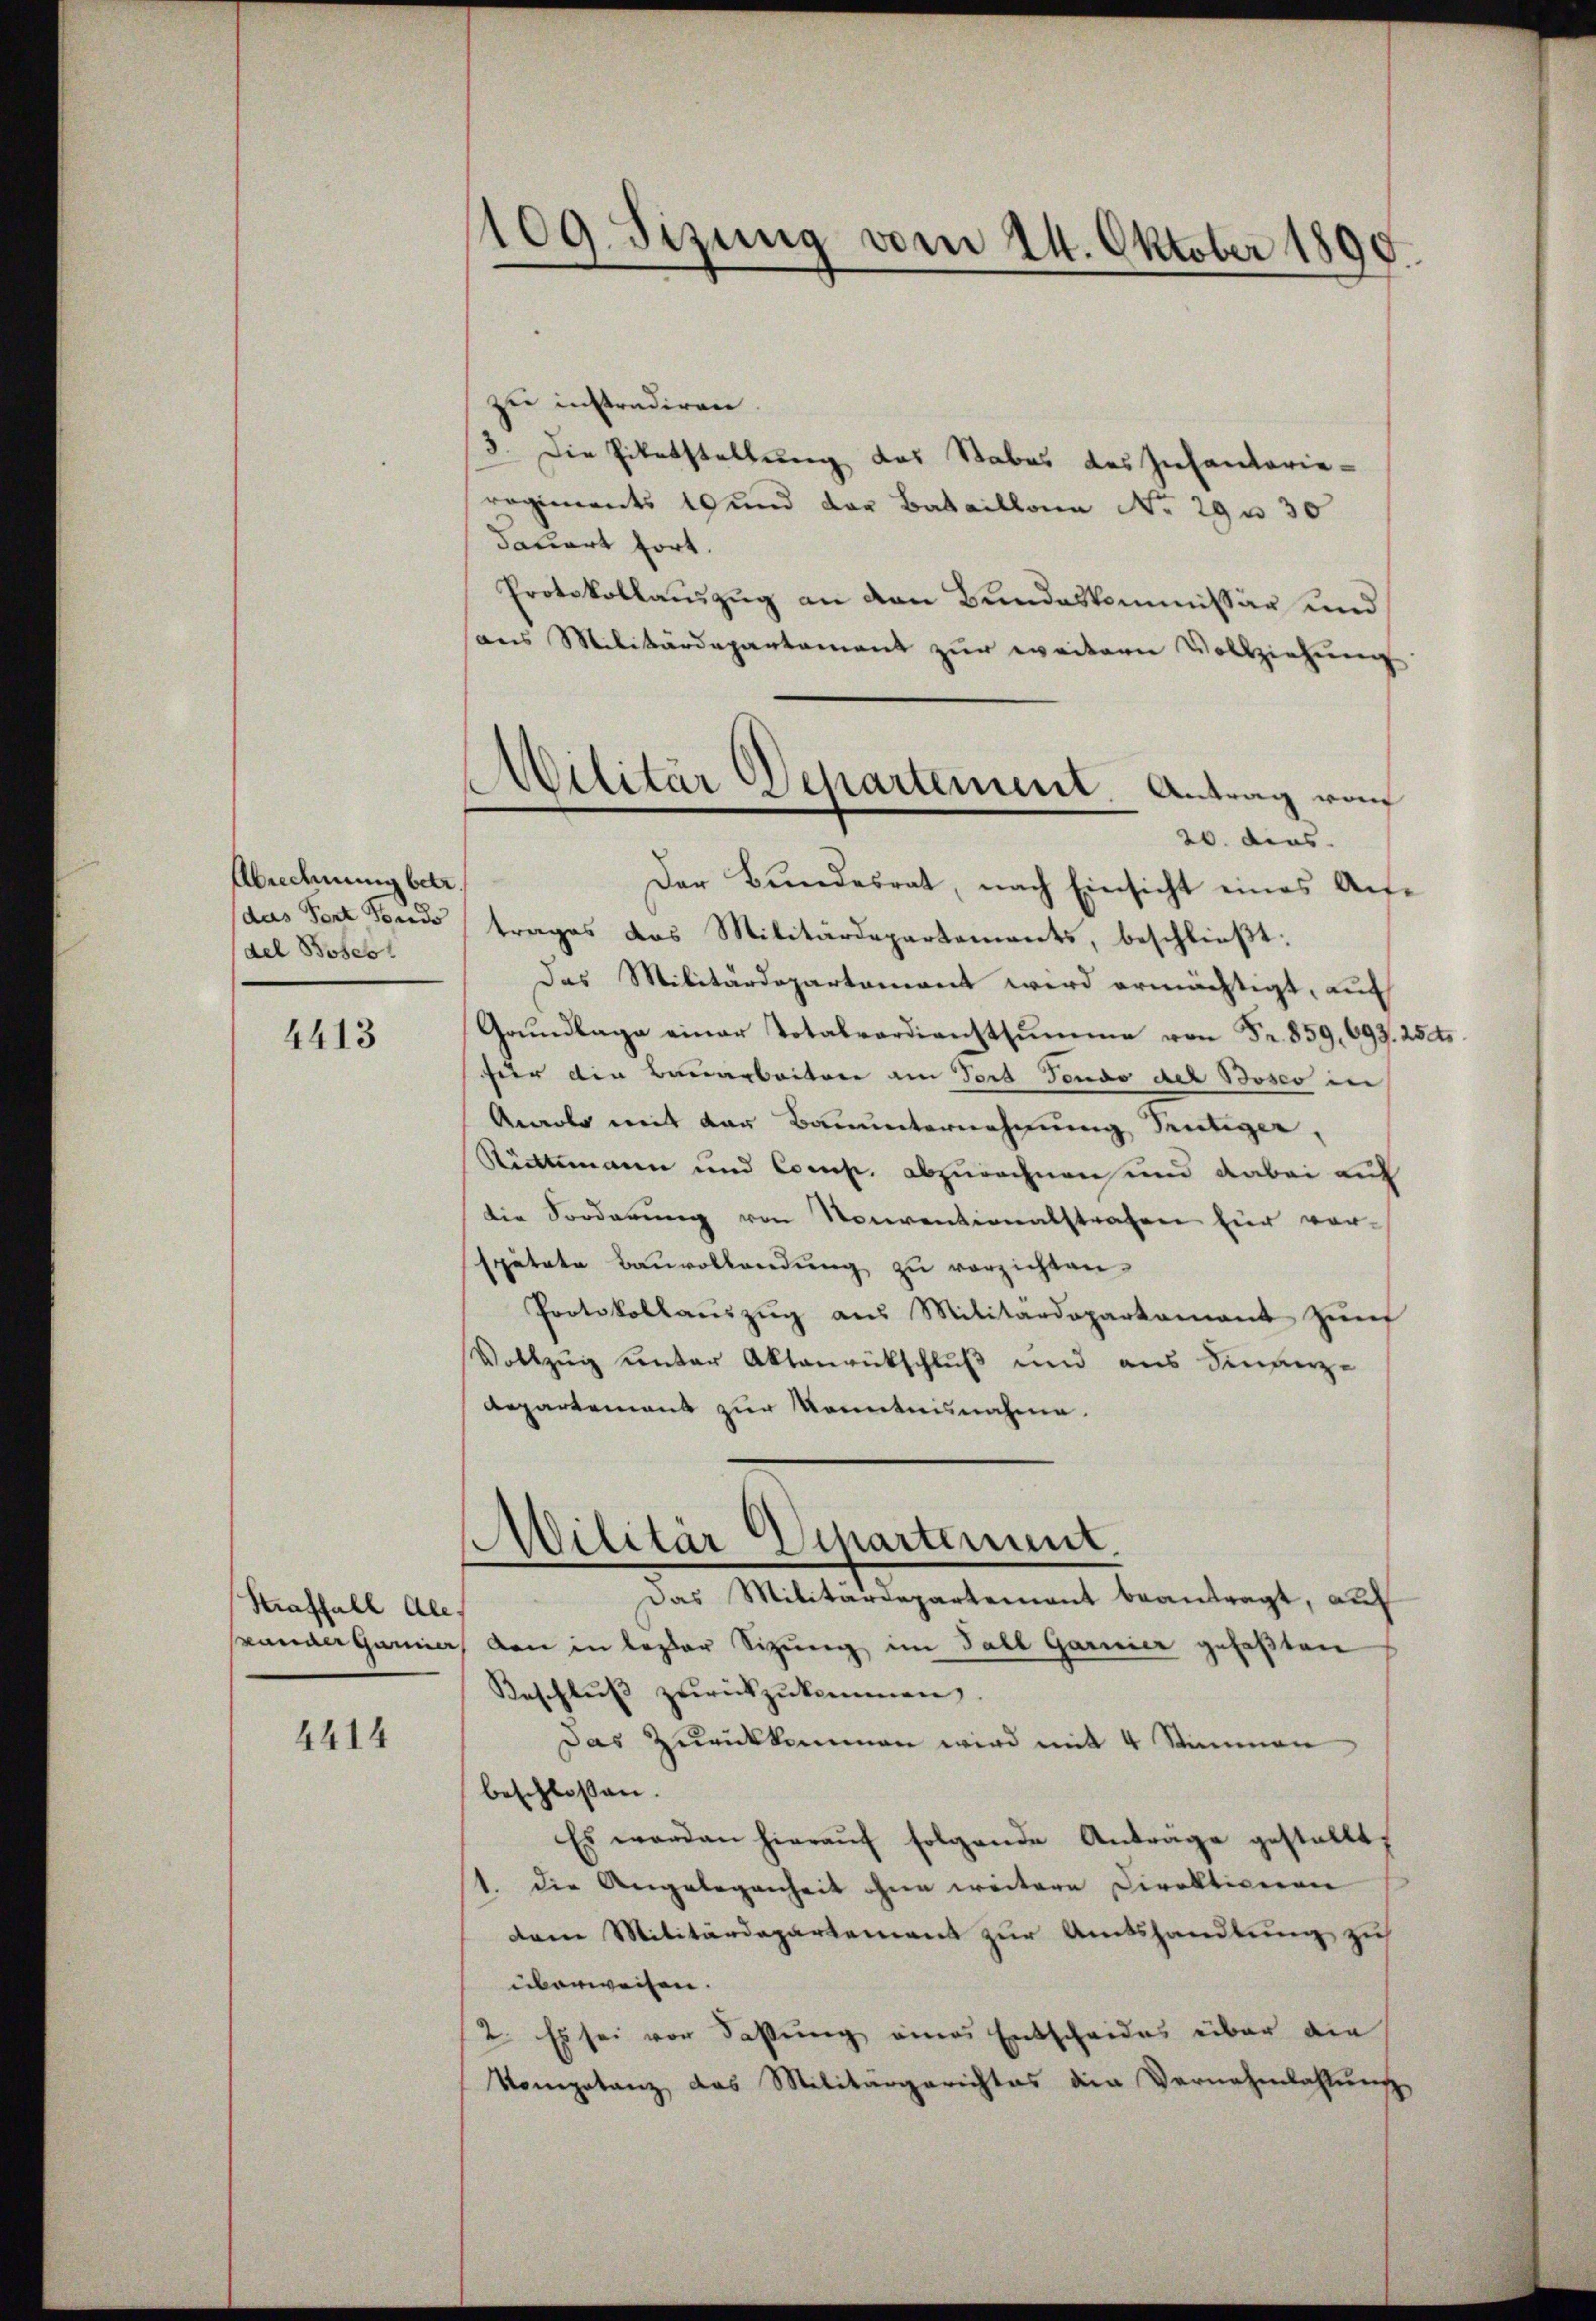
Abrechnung betr.
das Fort Fonds
del Boses

4413

Straffall Ale.

4414

109. Sizung vom 24. Oktober 1890.

zu instradiren.
3. Die Zitatstellung das Stabes des Infanterie-
regiments 10 und der Bataillona No. 29 u 30
Sauert hört.
Protokollauszug an den Bundeskommissär und
aus Militärdepartement zur weitern Vollziehung
Der Bundesrat, nach Einsicht eines Auftrages das Militärdepartements, beschließt:
Das Militärdepartement wird ermächtigt, auf
Grŭndlage einer Totalverdienstsumme von Fr. 859. 693. 25kr.
für die Bauarbeiten am Tert Fendo del Bosco in
Anolo mit der Bauunternehmung Sentiger,
Rüttimann und Comp. abzurechnen und dabei auf
die Forderung von Nonventionalstrafen für vor-
sputate Bauvollendung zu verzichten.
Protokollauszug aus Militärdepartament Zünf
Vollzug unter Aktenrückschluß und aus Semperz-
Repartement zur Kenntnisnahme.

Militär Departement. Antrag von
20. dies

Militär Departement.

Das Militärdepartement beantragt, auf
shander Garnier von in lezter Sitzung im Fall Garnier gefaßten
Beschluss zurückzukommen.
Das Zurükkommen wird mit 4 Stimmen
beschlossen.
Es werden hierauf folgende Anträge gestellt,
1. die Angelegenheit ohne weitere Direktionen
dem Militärdepartement zur Amtshandlung zu
überweisen.
2. Es sei vor Faßung eines Entscheides über die
Kompetanz das Militärgerichtes der Vernehmlahlung